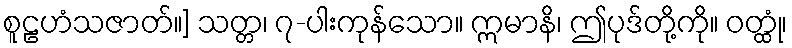
စူဠဟံသဇာတ်။] သတ္တ၊ ၇-ပါးကုန်သော။ ဣမာနိ၊ ဤပုဒ်တို့ကို။ ဝတ္ထုံ၊